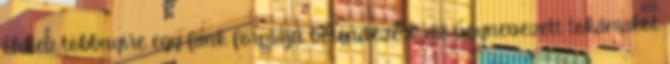
Ehhez többnyire egy fánk formájú berendezést, az úgynevezett tokamakot